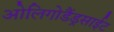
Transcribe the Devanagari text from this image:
ओलिगोडैंड्रसाईट